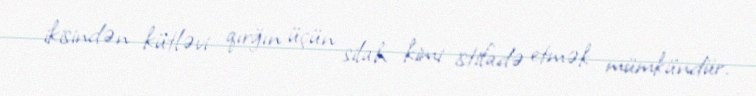
ikisindən kütləvi qırğın üçün silah kimi istifadə etmək mümkündür.